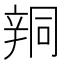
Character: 𨐗